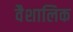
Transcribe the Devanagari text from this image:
वैशालिक